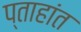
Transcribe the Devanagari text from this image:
प्ताहांत